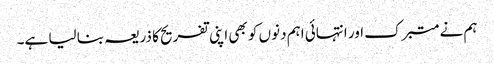
ہم نے متبرک اور انتہائی اہم دنوں کو بھی اپنی تفریح کا ذریعہ بنا لیا ہے۔